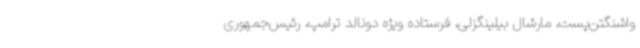
واشنگتن‌پست، مارشال بیلینگزلی، ‌فرستاده ویژه دونالد ترامپ، رئیس‌جمهوری